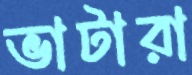
ভাটারা